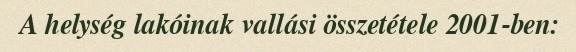
A helység lakóinak vallási összetétele 2001-ben: